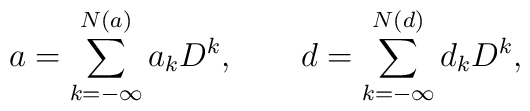
a = \sum_{k = -\infty}^{N(a)} a_k D^k, \qquad d = \sum_{k = -\infty}^{N(d)}d_k D^k,